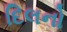
દિલનો